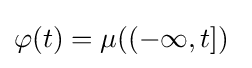
\varphi (t)=\mu ((-\infty ,t])~